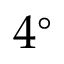
4 ^ { \circ }